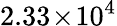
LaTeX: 2.33\! \times\! 10^{4}